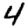
Digit: 4